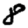
Digit: 8